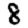
Digit: 8